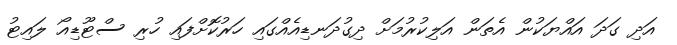
އަދި ގަދަ އައްޔަކުން އެތަން އަލިކުރުމަށް ދިގުދަނޑިއެއްގައި ހަރުކޮށްފައި ހުރި ސްޓޫޑިއޯ ލައިޓު